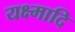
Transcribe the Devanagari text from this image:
यक्ष्मादि